EKP_Harju_Rajoonikomitee, lk 10
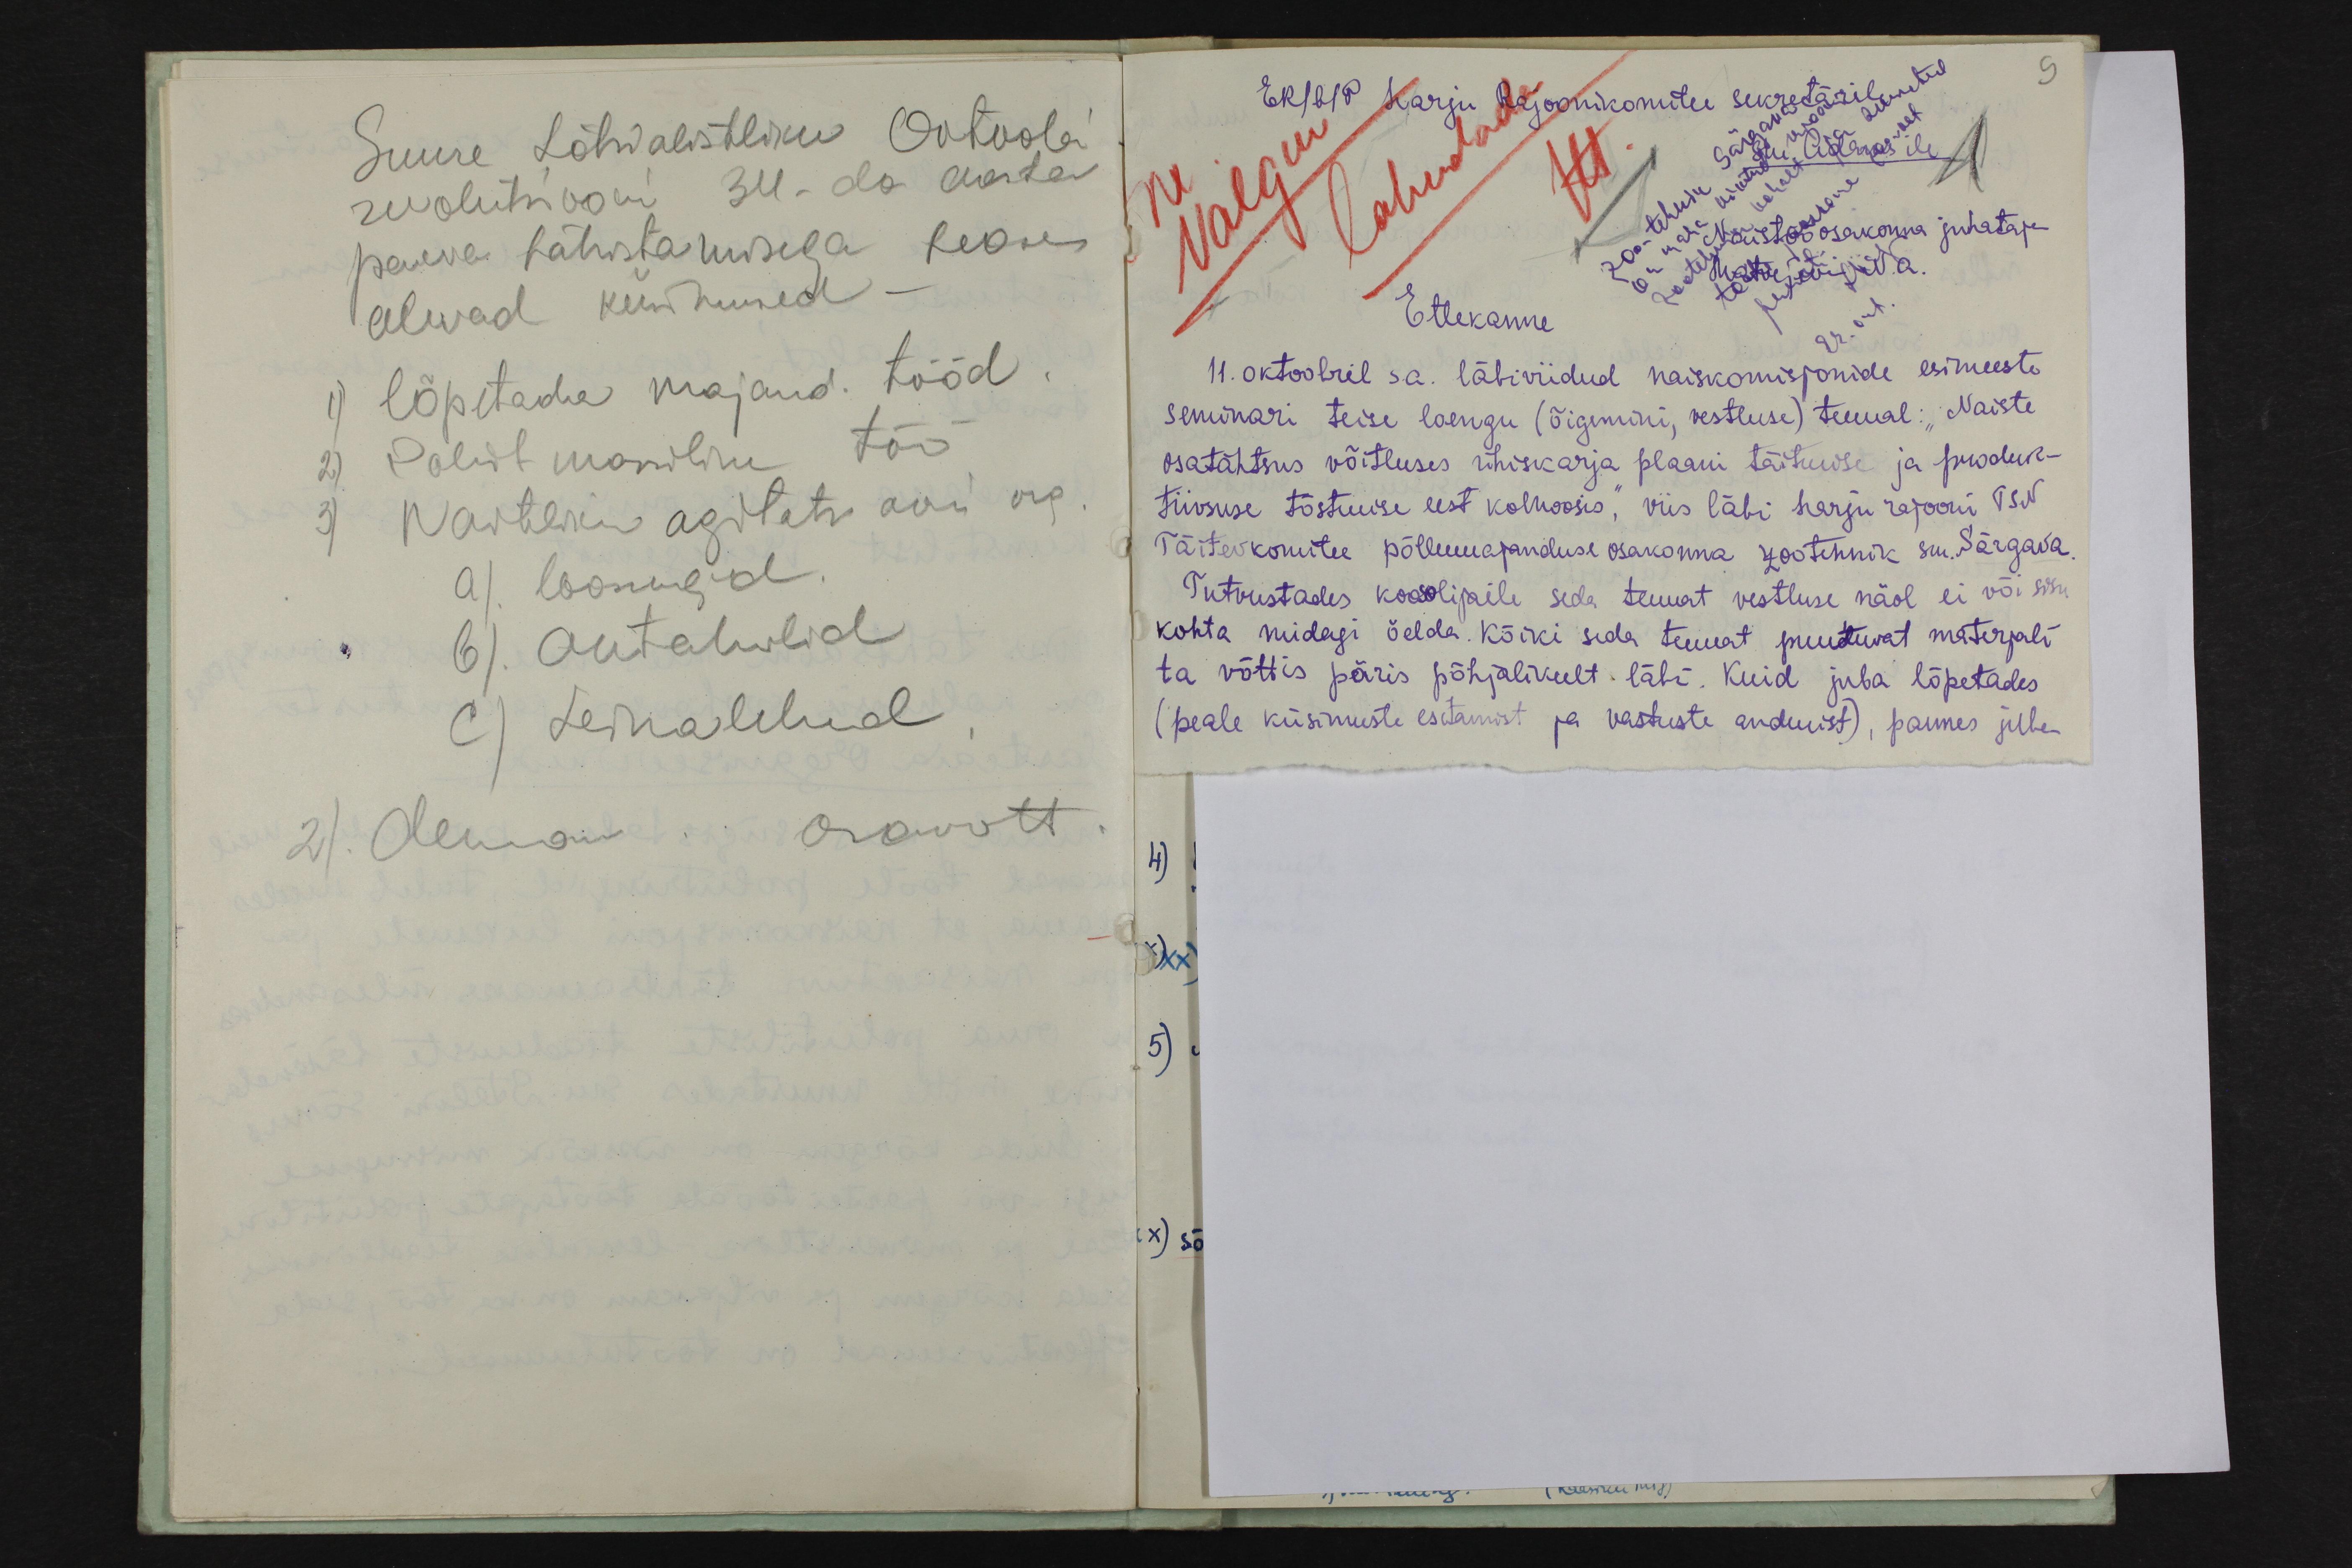
Suure Sotsialistliku Oktoobri
revolutsiooni 300-da aasta
päeva tähistamisega seoses
olevad küsimused-
1) lõpetada majand. tööd
2) Poliit maniline töö
3) Wastliku agitati asu õig
a) loosungid
b) autahvlid
c) Leinatahvlid
2. Olman-Orawott

E K(b)P Harju Rajoonikomitee sekretärile
9
Zootehnik Särgava
29. okt
lahendada
Valgm
Ettekanne
11. oktoobril sa. läbiviidud naiskomisjonide esimeeste
seminari teise loengu (õigemini, vestluse) temal: "Naiste
osatähtsus võitluses ühiskarja plaani täitmise ja produk-
tiivsuse tõstmise eest kolhoosis", viis läbi harju rajooni TSN
Täitevkomitee põllumajanduse osakonna zootehnik sm. Särgava
Tutvustades koosolijaile seda teemat vestluse näol ei või sisu
kohta midagi öelda. Kõiki seda temat puuduvat materjali
ta võttis päris põhjalikult läbi. Kuid juba lõpetades
(peale küsimuste esitamist ja vastuste andmist), pannes juba